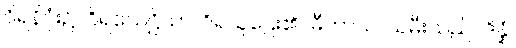
ဝိရနိဂုံး၌။ ဝိရသေဋ္ဌိယာ၊ ဝိရသူဌေး၏။ ဓီတာယ၊ သမီးသည်။ ဒိန္နံ၊